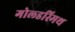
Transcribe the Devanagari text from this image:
गोल्‍डस्‍मिथ